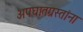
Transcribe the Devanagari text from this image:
अपघातग्रस्तांना